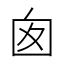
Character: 囱